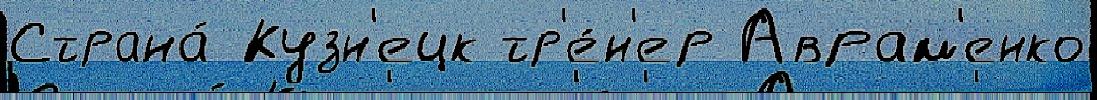
Страна́ Кузн'ецк тр'е́н'ер Аврам'енко